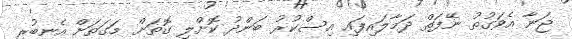
ޖަނާ އެވަގުތު ނޭފަތް ދަމާލައިފައި އިސްކުރު ބަންދު ކޮށްލި ގޮތަށް މަގަތަށް އެނބުރި